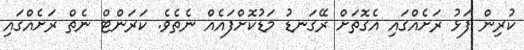
ކުރިން ފަޅު ރަށެއްގައި އެގޮތަށް ރޭގަނޑު މަޑުކޮށްފައެއް ނެތެވެ. ކަރަންޓް ނެތް ރަށެއްގައި